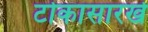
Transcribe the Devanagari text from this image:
टोकासारखे